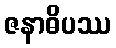
ဇနာဓိပဿ